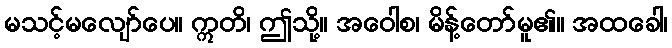
မသင့်မလျော်ပေ။ ဣတိ၊ ဤသို့။ အဝေါစ၊ မိန့်တော်မူ၏။ အထခေါ၊